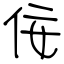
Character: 佞